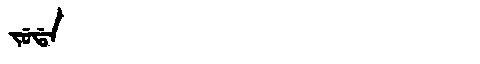
Manchu: ᠵᡠᡩᠠ
Romanization: JUDA